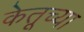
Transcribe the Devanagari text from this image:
केतूच्या